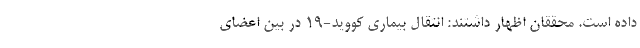
داده است. محققان اظهار داشتند: انتقال بیماری کووید-۱۹ در بین اعضای